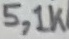
Text: 5,1K